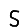
Digit: 5